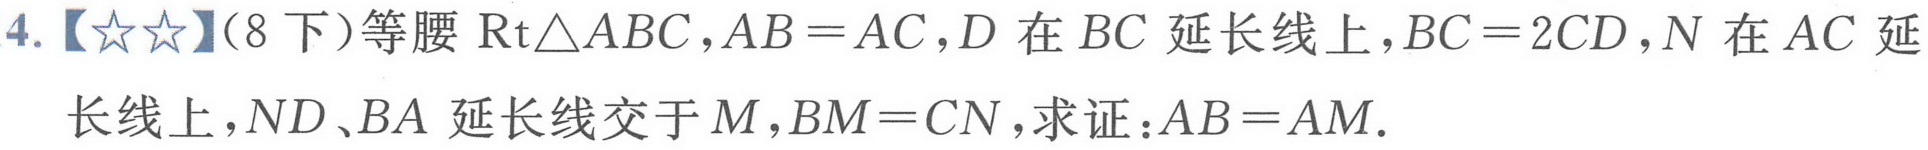
4.【★★】（8下）等腰\(\text{Rt}\triangle ABC\)，\(AB = AC\)，\(D\)在 \(BC\) 延长线上，\(BC = 2CD\)，\(N\)在 \(AC\) 延长线上，\(ND、BA\) 延长线交于 \(M\)，\(BM = CN\)，求证：\(AB = AM\).